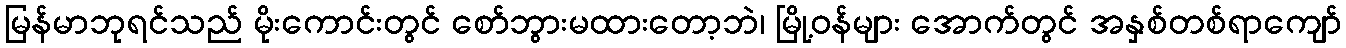
မြန်မာဘုရင်သည် မိုးကောင်းတွင် စော်ဘွားမထားတော့ဘဲ၊ မြို့ဝန်များ အောက်တွင် အနှစ်တစ်ရာကျော်